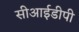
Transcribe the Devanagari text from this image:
सीआईडीपी